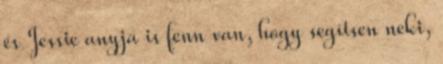
és Jessie anyja is fenn van, hogy segítsen neki,